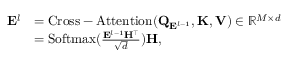
\begin{array} { r l } { \mathbf { E } ^ { l } } & { = \mathrm { C r o s s - A t t e n t i o n } ( \mathbf { Q } _ { \mathbf { E } ^ { l - 1 } } , \mathbf { K } , \mathbf { V } ) \in \mathbb { R } ^ { M \times d } } \\ & { = \mathrm { S o f t m a x } ( \frac { \mathbf { E } ^ { l - 1 } \mathbf { H } ^ { \top } } { \sqrt { d } } ) \mathbf { H } , } \end{array}